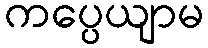
ကပ္ပေယျာမ